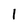
Character: 1